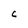
Character: C